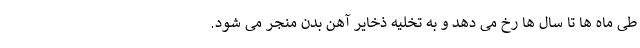
طی ماه ها تا سال ها رخ می دهد و به تخلیه ذخایر آهن بدن منجر می شود.